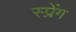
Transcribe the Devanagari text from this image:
स्प्रेंग